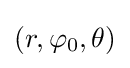
(r,\varphi _{0},\theta )